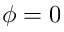
\phi = 0